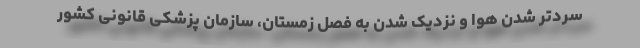
سردتر شدن هوا و نزدیک شدن به فصل زمستان، سازمان پزشکی قانونی کشور